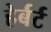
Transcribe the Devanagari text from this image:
हेर्बर्ट